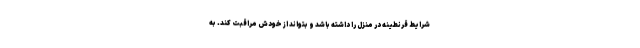
شرایط قرنطینه در منزل را داشته باشد و بتواند از خودش مراقبت کند. به